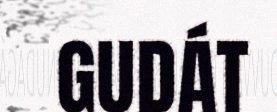
GUDÁT